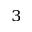
^ 3